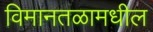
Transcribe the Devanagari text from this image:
विमानतळामधील